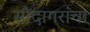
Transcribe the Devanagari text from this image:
सौदागरांचा